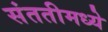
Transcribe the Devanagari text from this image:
संततीमध्ये